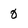
Character: 0